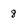
Character: 8